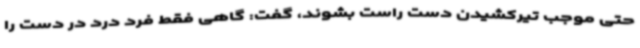
حتی موجب تیرکشیدن دست راست بشوند، گفت: گاهی فقط فرد درد در دست را